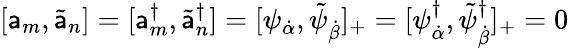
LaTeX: [\mathsf{a}_{m},\tilde{{\mathsf{a}}}_{n}]=[\mathsf{a}_{m}^{\dagger},\tilde{{\mathsf{a}}}_{n}^{\dagger}]=[\psi_{\dot{{\alpha}}},\tilde{{\psi}}_{\dot{{\beta}}}]_{+}=[\psi_{\dot{{\alpha}}}^{\dagger},\tilde{{\psi}}_{\dot{{\beta}}}^{\dagger}]_{+}=0